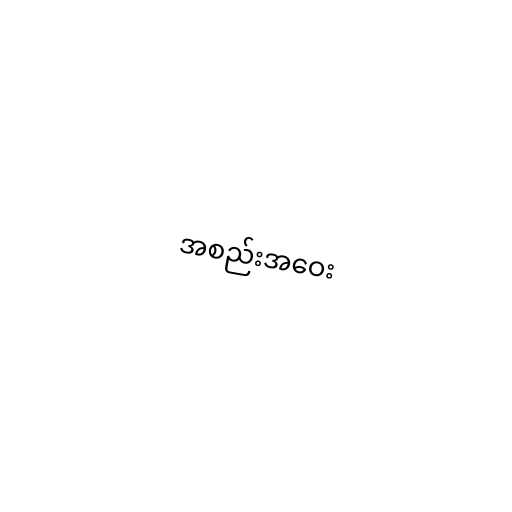
အစည်းအဝေး